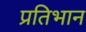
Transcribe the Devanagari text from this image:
प्रतिभान